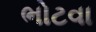
ભોટવા